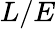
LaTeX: L/E